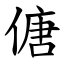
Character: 傏